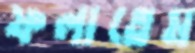
ফলাতেম